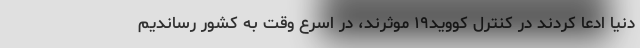
دنیا ادعا کردند در کنترل کووید۱۹ موثرند، در اسرع وقت به کشور رساندیم